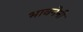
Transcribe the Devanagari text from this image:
भावनेनी